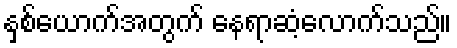
နှစ်ယောက်အတွက် နေရာဆံ့လောက်သည်။